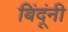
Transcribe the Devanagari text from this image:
बिंदूंनी